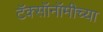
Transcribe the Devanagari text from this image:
टॅक्सॉनॉमीच्या